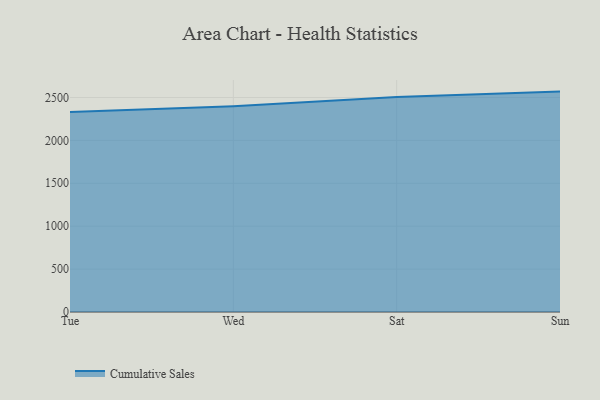
{"axis": {"x": "Day", "y": "Conversion Rate (%)"}, "legend": ["Cumulative Sales"], "data": [{"x": "Tue", "y": 2331.2, "type": "Cumulative Sales"}, {"x": "Wed", "y": 2397.1, "type": "Cumulative Sales"}, {"x": "Sat", "y": 2504.9, "type": "Cumulative Sales"}, {"x": "Sun", "y": 2568.6, "type": "Cumulative Sales"}]}